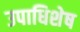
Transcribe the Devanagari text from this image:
उपाधिशेष